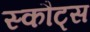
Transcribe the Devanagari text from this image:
स्कौट्स